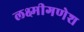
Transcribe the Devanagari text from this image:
लक्ष्मीगणेश